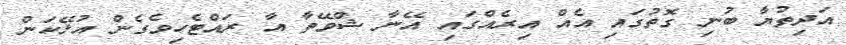
އަދިތުޔާ ބުނި ގޮތުގައި އެއް އިރެއްގައި އޭނާ ޝްވޭތާ އާ ރައްޓެހިވެގެން އުޅޭކަން